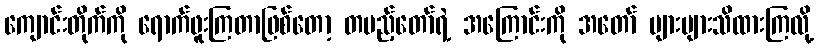
ကျောင်းတိုက်ကို ရောက်ဖူးကြတာဖြစ်တော့ တပည့်တော်ရဲ့ အကြောင်းကို အတော် များများသိထားကြလို့